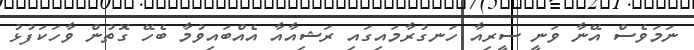
ނަމަވެސް އޭނާ ވަނީ ސީރިއާ ހަނގުރާމައިގައި ރަޝިއާއާ އެއްބައިވުމާ ބެހޭ ގޮތުން ވާހަކަފުޅު